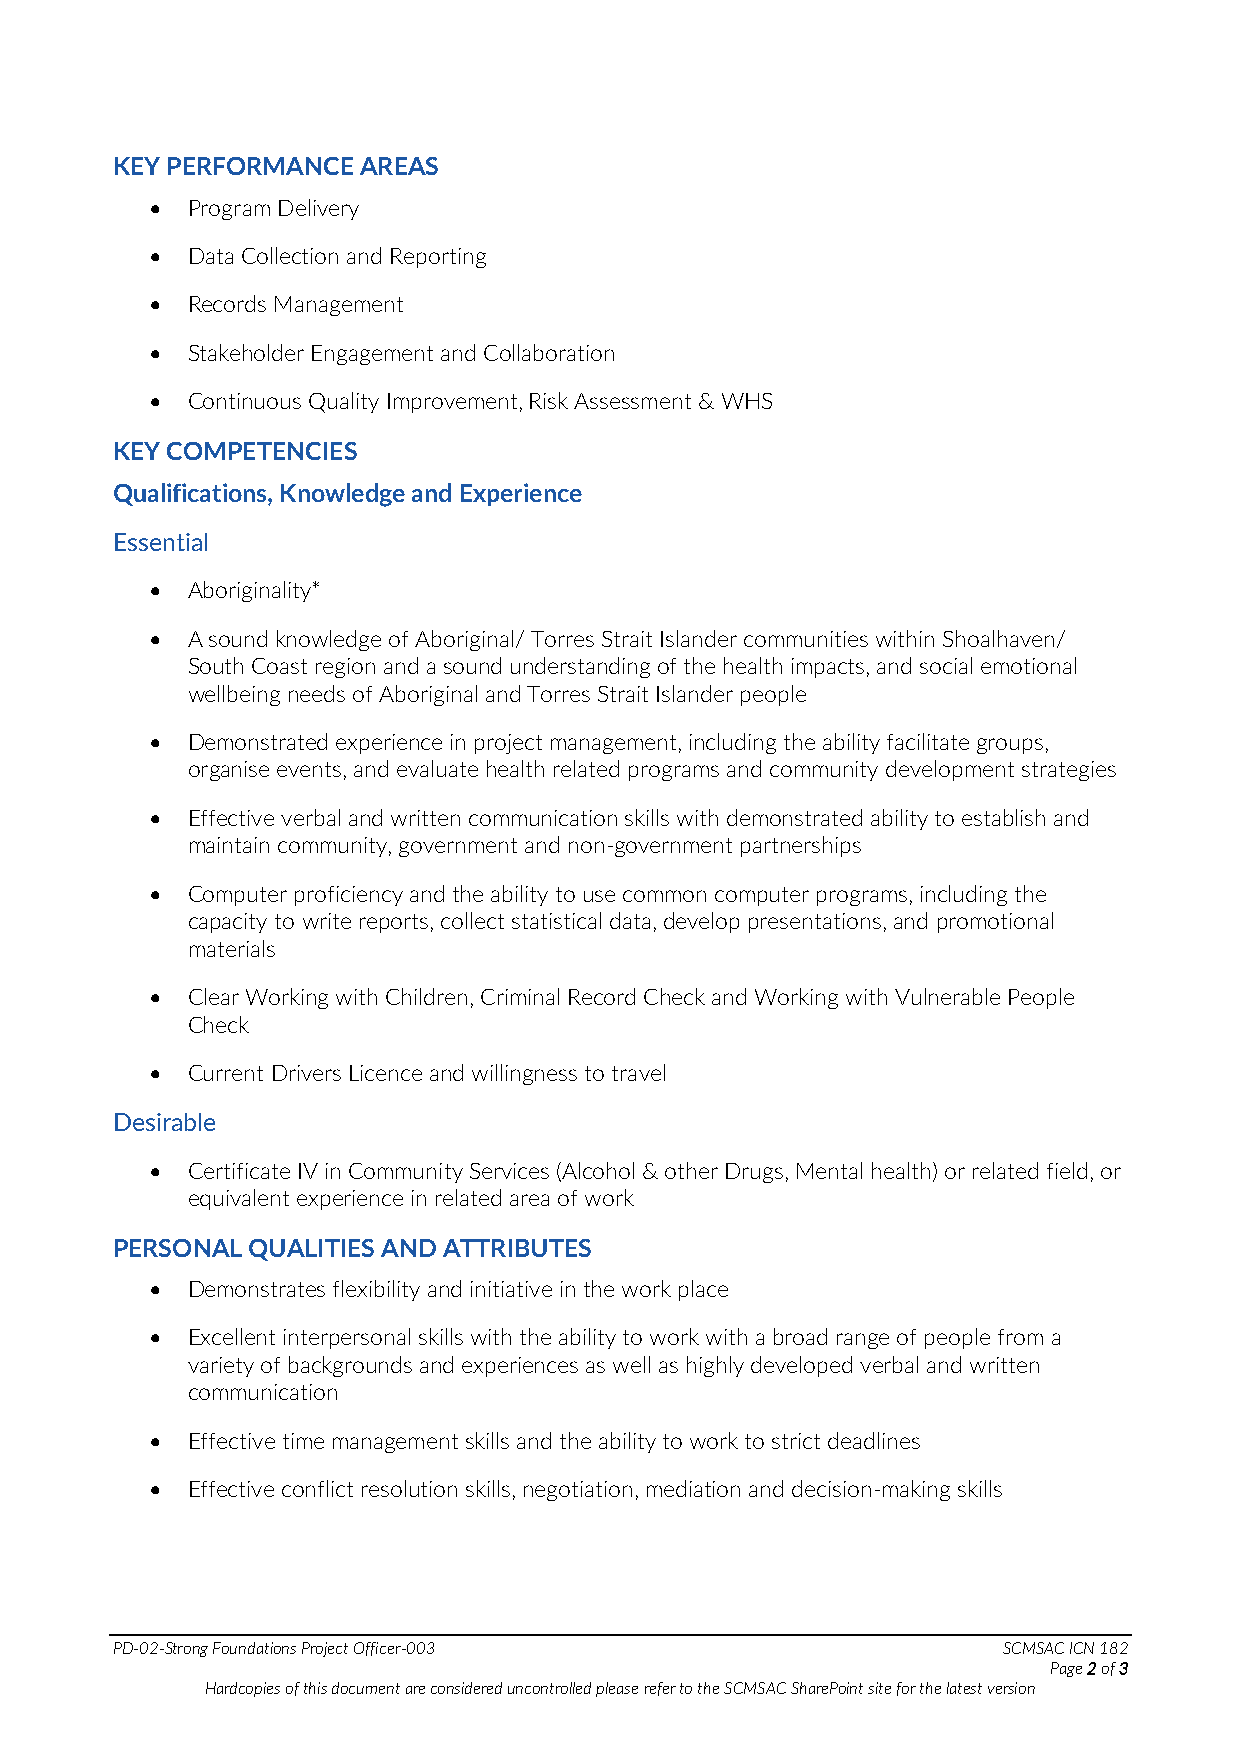
KEY PERFORMANCE  AREAS
 • Program Delivery
 • Data Collection and Reporting
 • Records Management
 • Stakeholder Engagement and Collaboration
 • Continuous Quality Improvement, Risk Assessment & WHS
 KEY COMPETENCIES
 Qualifications, Knowledge and Experience
 Essential
 • Aboriginality*
 • A sound knowledge of Aboriginal/ Torres Strait Islander communities within Shoalhaven/
 South Coast region and a sound understanding of the health impacts, and social emotional
 wellbeing needs of Aboriginal and Torres Strait Islander people
 • Demonstrated experience in project management, including the ability facilitate groups,
 organise events, and evaluate health related programs and community development strategies
 • Effective verbal and written communication skills with demonstrated ability to establish and
 maintain community, government and non-government partnerships
 • Computer proficiency and the ability to use common computer programs, including the
 capacity to write reports, collect statistical data, develop presentations, and promotional
 materials
 • Clear Working with Children, Criminal Record Check and Working with Vulnerable People
 Check
 • Current Drivers Licence and willingness to travel
 Desirable
 • Certificate IV in Community Services (Alcohol & other Drugs, Mental health) or related field, or
 equivalent experience in related area of work
 PERSONAL QUALITIES AND ATTRIBUTES
 • Demonstrates flexibility and initiative in the work place
 • Excellent interpersonal skills with the ability to work with a broad range of people from a
 variety of backgrounds and experiences as well as highly developed verbal and written
 communication
 • Effective time management skills and the ability to work to strict deadlines
 • Effective conflict resolution skills, negotiation, mediation and decision-making skills
 PD-02-Strong Foundations Project Officer-003               SCMSAC ICN 182
 Page 2 of 3
 Hardcopies of this document are considered uncontrolled please refer to the SCMSAC SharePoint site for the latest version